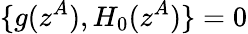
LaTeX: \{ g(z^{A}),H_{0}(z^{A})\} =0